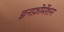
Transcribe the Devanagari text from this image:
इनफ़ोर्मेशन